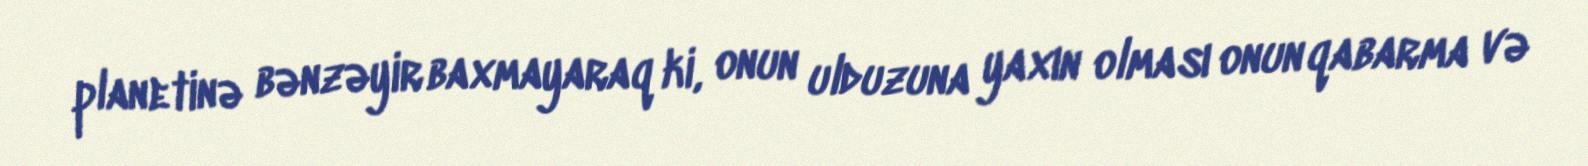
planetinə bənzəyir baxmayaraq ki, onun ulduzuna yaxın olması onun qabarma və